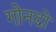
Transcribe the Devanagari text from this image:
गोनदो